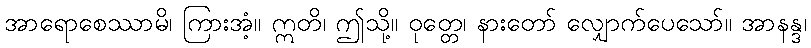
အာရောစေဿာမိ၊ ကြားအံ့။ ဣတိ၊ ဤသို့။ ဝုတ္တေ၊ နားတော် လျှောက်ပေသော်။ အာနန္ဒ၊